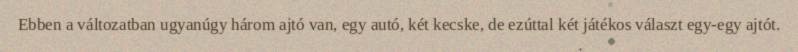
Ebben a változatban ugyanúgy három ajtó van, egy autó, két kecske, de ezúttal két játékos választ egy-egy ajtót.